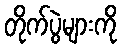
တိုက်ပွဲများကို